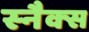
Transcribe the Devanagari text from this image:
स्‍नैक्‍स